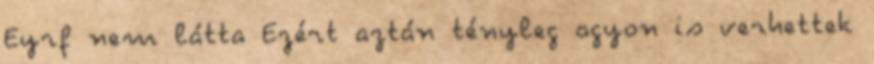
Eyrf nem látta Ezért aztán tényleg agyon is verhettek